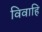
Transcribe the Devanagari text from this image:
विवाहि